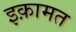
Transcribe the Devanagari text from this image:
इक़ामत